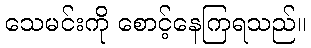
သေမင်းကို စောင့်နေကြရသည်။